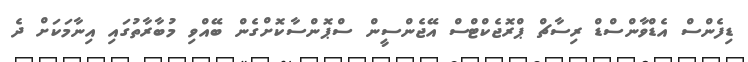
ޑިފެންސް އެޑްވާންސްޑް ރިސާޗް ޕްރޮޖެކްޓްސް އޭޖެންސީން ސްޕޮންސާކޮށްގެން ބޭއްވި މުބާރާތުގައި އިނާމަކަށް ދެ